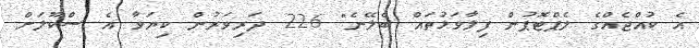
އެ ކުއްޖެއްގެ ލެޕްޓޮޕުން ފިލާވަޅުތައް ބެލޭނެ" 226 ދަރިވަރުން ކިޔަވާ އެ ސްކޫލަށް